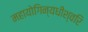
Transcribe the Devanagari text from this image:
महायोगिन्यधीश्वरि